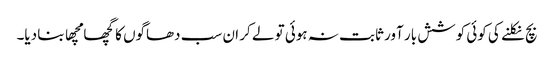
بچ نکلنے کی کوئی کوشش بار آور ثابت نہ ہوئی تو لے کر ان سب دھاگوں کا گچھا مچھا بنا دیا۔